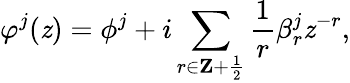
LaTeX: \varphi^{j}(\mathit{z})=\phi^{j}+i\sum_{r\in{\mathbf{Z}}+{\frac{{1}}{{2}}}}{\frac{{1}}{{r}}}\beta_{r}^{j}\mathit{z}^{-r},